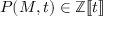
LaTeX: P ( M , t ) \in \mathbb { Z } [ \! [ t ] \! ]